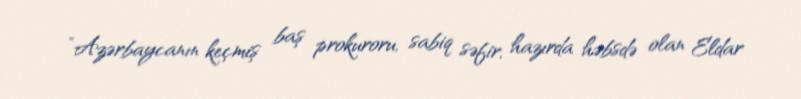
“Azərbaycanın keçmiş baş prokuroru, sabiq səfir, hazırda həbsdə olan Eldar